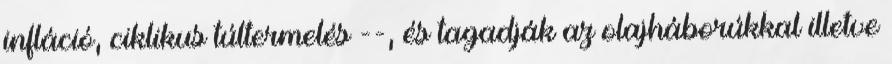
infláció, ciklikus túltermelés --, és tagadják az olajháborúkkal illetve